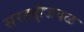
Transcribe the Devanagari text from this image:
सरहद्दीजवळ